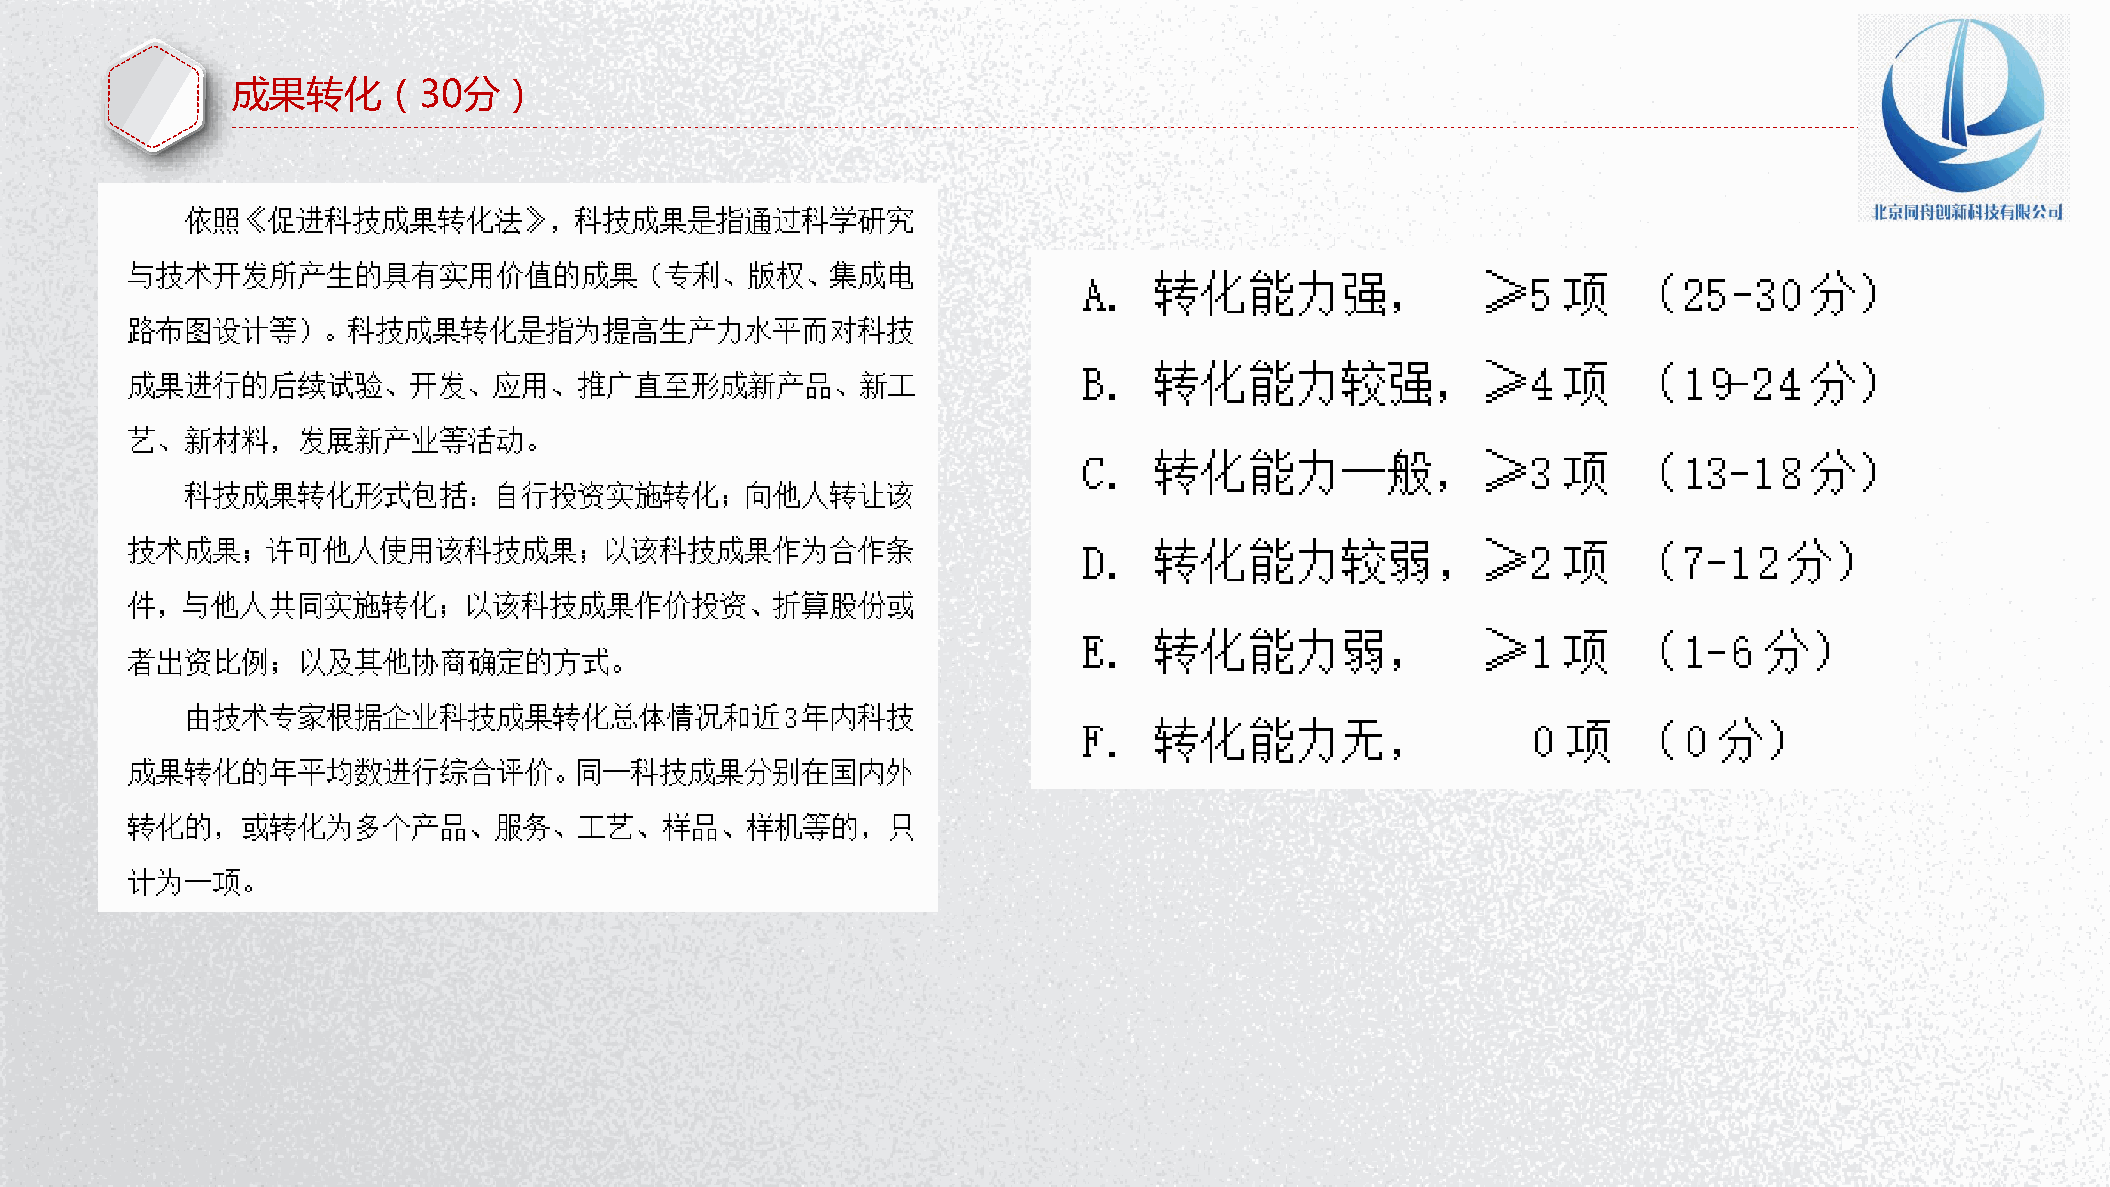
成果转化（30分）
 P节P优W资范教字PPo日秀料文案体TTr模背d下下下下PP教板景PP载载载载TT程下模图下：：：：：载板片载wwww：：：： wwwwwwwwwwwwww....wwwww1111.ppppwwww1pppp....ptttt1111p....ppppcccctoooopppp.cmmmmtttto....ccccm////oooozfjziammmmi i/ al tnwioia//// /waomjbxoii ne ere /ao dr n/izjb i /ia //n a i /gn / / 行 PP P PEPP 试P业 PxTTT cT图教 卷e素P 课lP 教下表程材T 件模 程下： 载下 下板 ：载 ：载w载： w： ww： ：www www wwww .ww1.w.w p1w 1wppw. p.1.tpp1 .1.p t1p tcp .p o .ppcp ct mopot.t.mtc. m/c .ocopco /m /omoem smxw h/// ch it /e ts eau kiurl/nb e/pc g jiaoa iy ai io/ ne n// t/ /